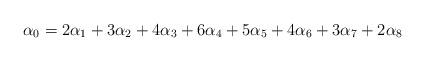
LaTeX: \begin{align*}\alpha_0 = 2 \alpha_1 + 3 \alpha_2 + 4 \alpha_3 + 6 \alpha_4 + 5 \alpha_5 + 4\alpha_6 + 3\alpha_7 + 2\alpha_8\end{align*}